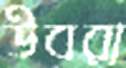
উবরা